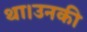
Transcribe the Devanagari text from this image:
था।उनकी